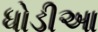
ધોડીઆ